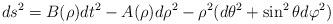
LaTeX: \begin{align*} ds^2=B(\rho)dt^2-A(\rho)d \rho^2-\rho^2(d\theta^2+ \sin^2\theta d\varphi^2)\end{align*}